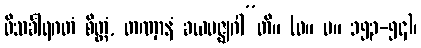
ဝိသင်္ခါရဂတံ စိတ္တံ, တဏှာနံ ခယမဇ္ဈဂါ”တိ။ (ဓ။ ပ။ ၁၅၃-၅၄)၊